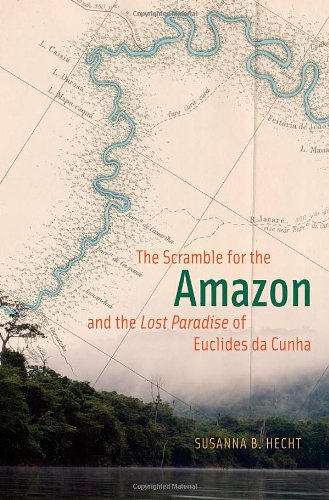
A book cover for The Scramble for the Amazon and the "Lost Paradise" of Euclides da Cunha; Susanna B. Hecht; Sports & Outdoors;